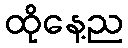
ထိုနေ့ည